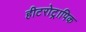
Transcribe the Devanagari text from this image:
हीटरोट्रापिक